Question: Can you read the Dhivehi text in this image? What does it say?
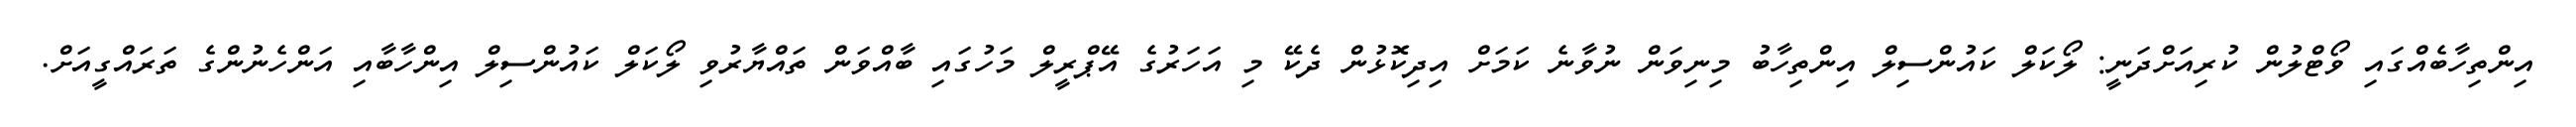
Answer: އިންތިހާބެއްގައި ވޯޓްލުން ކުރިއަށްދަނީ: ލޯކަލް ކައުންސިލް އިންތިހާބު މިނިވަން ނުވާނެ ކަމަށް އިދިކޮޅުން ދެކޭ މި އަހަރުގެ އޭޕްރީލް މަހުގައި ބާއްވަން ތައްޔާރުވި ލޯކަލް ކައުންސިލް އިންހާބާއި އަންހެނުންގެ ތަރައްގީއަށް.